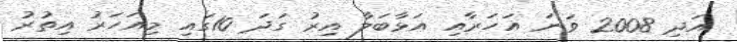
އަދި 2008 ވަނަ އަހަރާއި އަޅާބަލާ އިރު ގަދަ 10ގައި މިއަހަރު އިތުރު